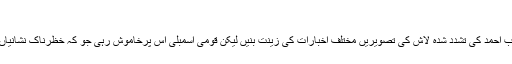
‘
’ آفتاب احمد کی تشدد شدہ لاش کی تصویریں مختلف اخبارات کی زینت بنیں لیکن قومی اسمبلی اس پرخاموش رہی جو کہ خظرناک نشانیاں ہیں۔